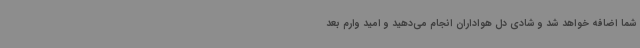
شما اضافه خواهد شد و شادی دل هواداران انجام می‌دهید و امید وارم بعد